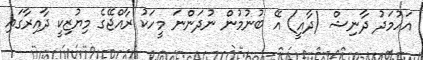
އަހުމަދު ދާނިޝް (ދާއީ) އޭ ބުނުމުން ނުދަންނަ މީހަކު ރާއްޖޭގެ މިޔުޒިކީ ދާއިރާގައި